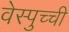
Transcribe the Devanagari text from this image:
वेस्पुच्ची